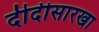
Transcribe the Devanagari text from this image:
दीदीसारखा